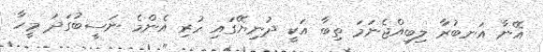
އޭނާ އަނބުރާ ލިބިއްޖެނަމަ ތިބާ އަކީ ދުނިޔޭގައި ހުރި އެންމެ ނަސީބުގަދަ މީހާ